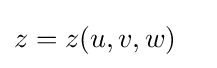
z=z(u,v,w)\quad